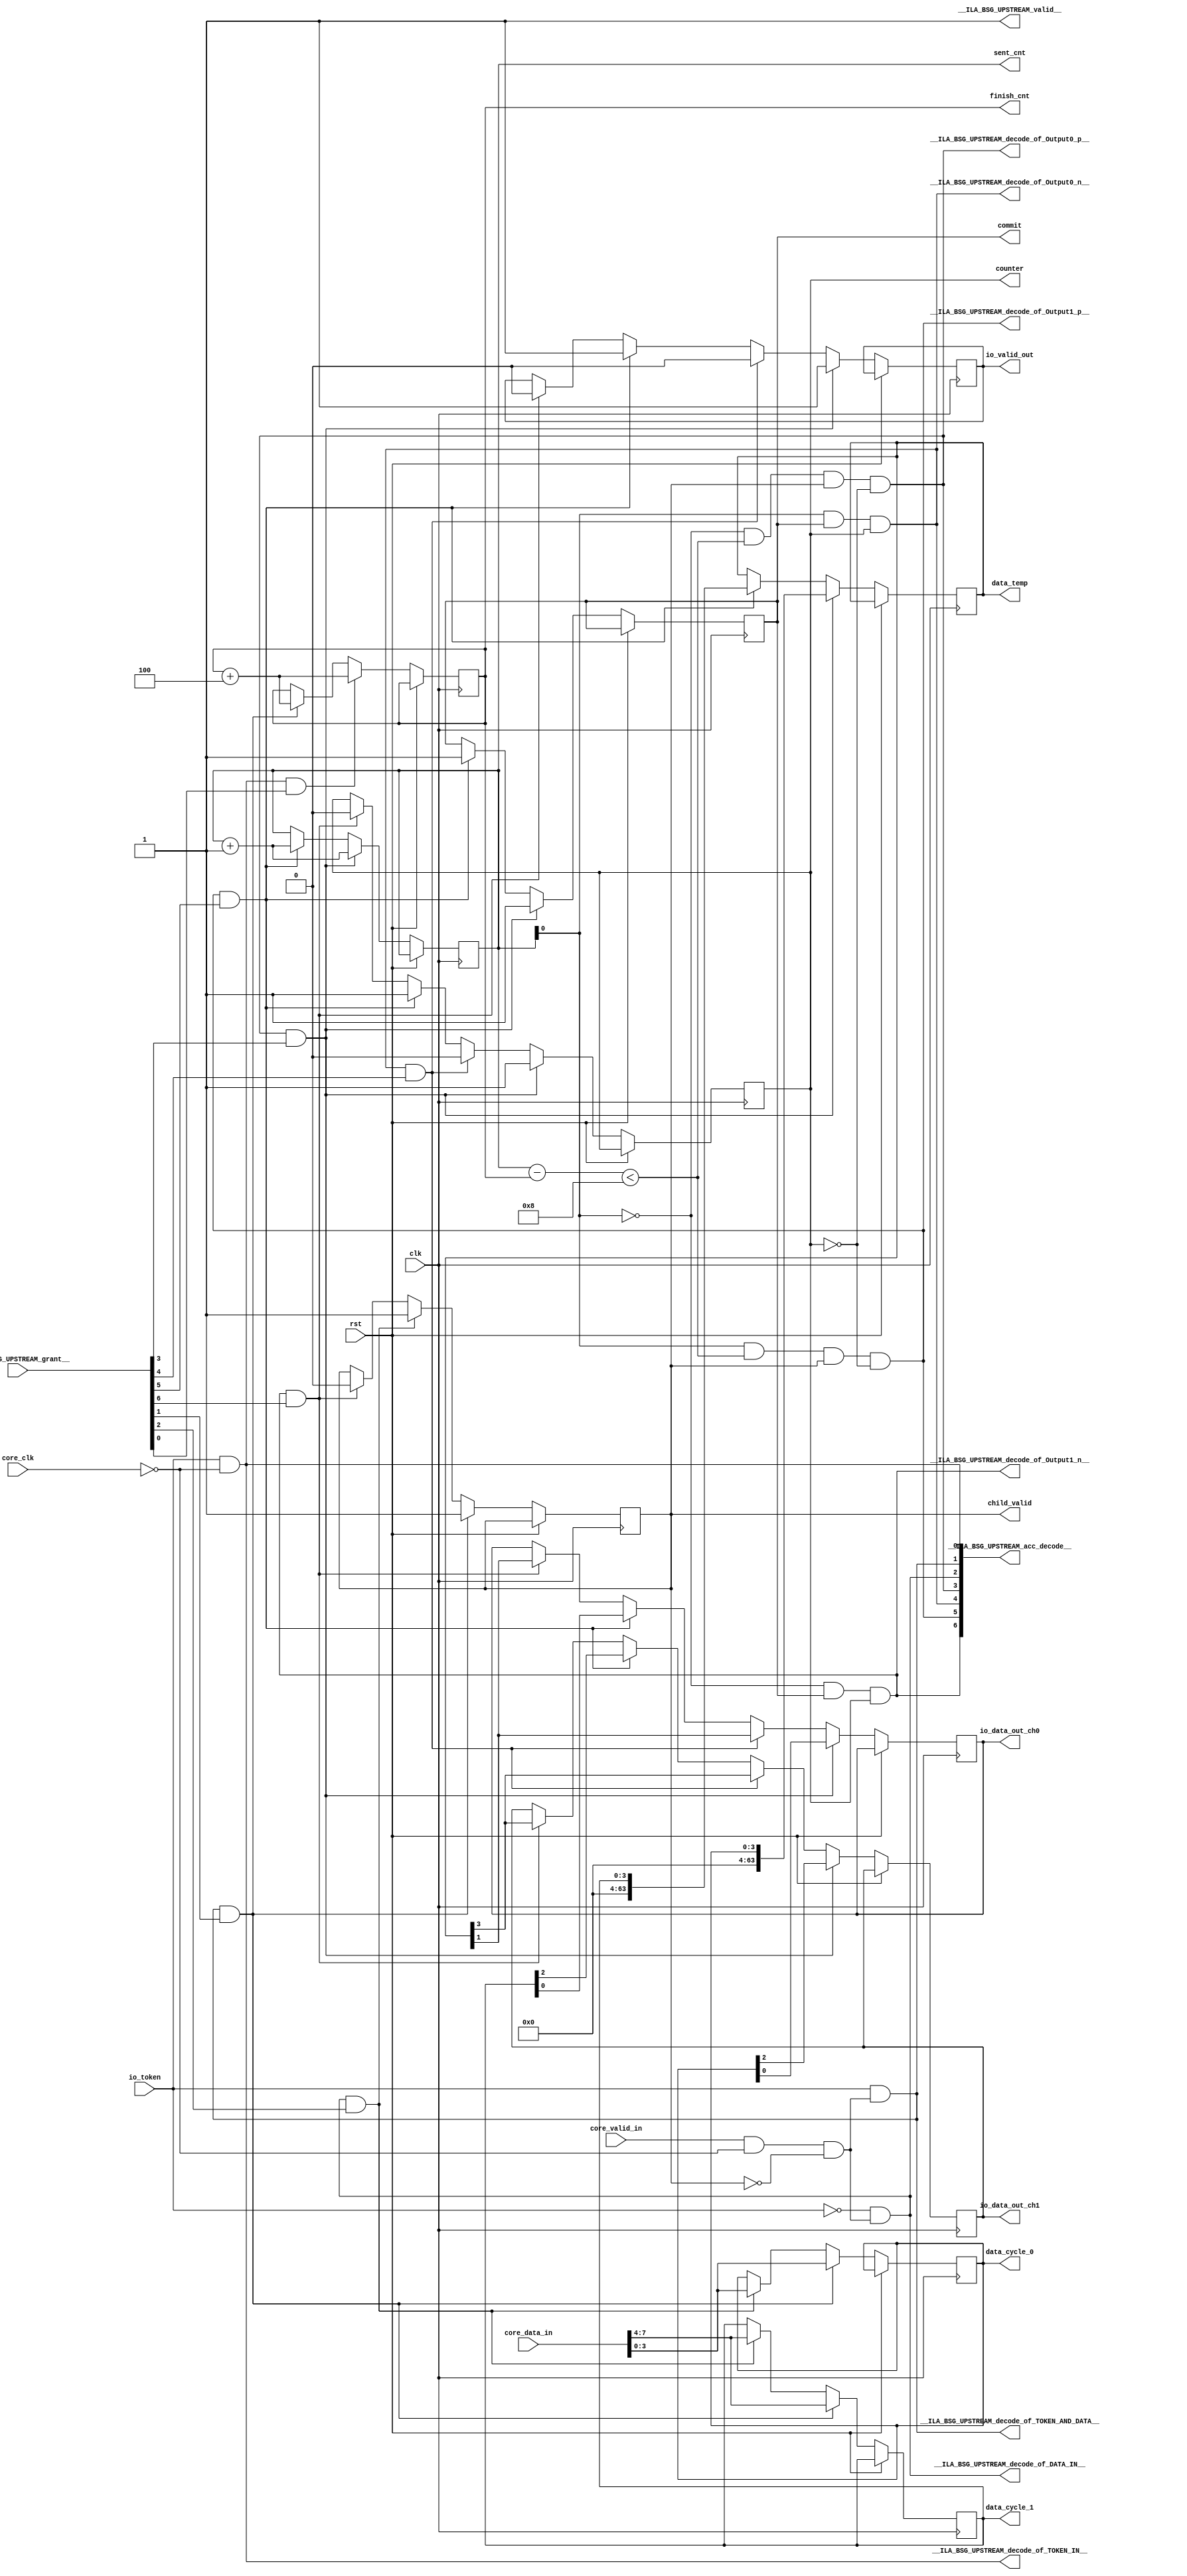
module BSG_UPSTREAM(
__ILA_BSG_UPSTREAM_grant__,
clk,
core_clk,
core_data_in,
core_valid_in,
io_token,
rst,
__ILA_BSG_UPSTREAM_acc_decode__,
__ILA_BSG_UPSTREAM_decode_of_DATA_IN__,
__ILA_BSG_UPSTREAM_decode_of_Output0_n__,
__ILA_BSG_UPSTREAM_decode_of_Output0_p__,
__ILA_BSG_UPSTREAM_decode_of_Output1_n__,
__ILA_BSG_UPSTREAM_decode_of_Output1_p__,
__ILA_BSG_UPSTREAM_decode_of_TOKEN_AND_DATA__,
__ILA_BSG_UPSTREAM_decode_of_TOKEN_IN__,
__ILA_BSG_UPSTREAM_valid__,
io_valid_out,
data_cycle_0,
data_cycle_1,
child_valid,
sent_cnt,
finish_cnt,
io_data_out_ch0,
io_data_out_ch1,
data_temp,
commit,
counter
);
input      [6:0] __ILA_BSG_UPSTREAM_grant__;
input            clk;
input            core_clk;
input      [7:0] core_data_in;
input            core_valid_in;
input            io_token;
input            rst;
output      [6:0] __ILA_BSG_UPSTREAM_acc_decode__;
output            __ILA_BSG_UPSTREAM_decode_of_DATA_IN__;
output            __ILA_BSG_UPSTREAM_decode_of_Output0_n__;
output            __ILA_BSG_UPSTREAM_decode_of_Output0_p__;
output            __ILA_BSG_UPSTREAM_decode_of_Output1_n__;
output            __ILA_BSG_UPSTREAM_decode_of_Output1_p__;
output            __ILA_BSG_UPSTREAM_decode_of_TOKEN_AND_DATA__;
output            __ILA_BSG_UPSTREAM_decode_of_TOKEN_IN__;
output            __ILA_BSG_UPSTREAM_valid__;
output reg            io_valid_out;
output reg      [3:0] data_cycle_0;
output reg      [3:0] data_cycle_1;
output reg            child_valid;
output reg      [3:0] sent_cnt;
output reg      [3:0] finish_cnt;
output reg            io_data_out_ch0;
output reg            io_data_out_ch1;
output reg     [63:0] data_temp;
output reg            commit;
output reg            counter;
wire      [6:0] __ILA_BSG_UPSTREAM_acc_decode__;
wire            __ILA_BSG_UPSTREAM_decode_of_DATA_IN__;
wire            __ILA_BSG_UPSTREAM_decode_of_Output0_n__;
wire            __ILA_BSG_UPSTREAM_decode_of_Output0_p__;
wire            __ILA_BSG_UPSTREAM_decode_of_Output1_n__;
wire            __ILA_BSG_UPSTREAM_decode_of_Output1_p__;
wire            __ILA_BSG_UPSTREAM_decode_of_TOKEN_AND_DATA__;
wire            __ILA_BSG_UPSTREAM_decode_of_TOKEN_IN__;
wire      [6:0] __ILA_BSG_UPSTREAM_grant__;
wire            __ILA_BSG_UPSTREAM_valid__;
wire            bv_1_0_n2;
wire            bv_1_1_n0;
wire      [3:0] bv_4_1_n54;
wire      [3:0] bv_4_4_n57;
wire      [3:0] bv_4_8_n22;
wire            clk;
wire            core_clk;
wire      [7:0] core_data_in;
wire            core_valid_in;
wire            io_token;
wire            n1;
wire            n10;
wire            n11;
wire            n12;
wire            n13;
wire            n14;
wire            n15;
wire            n16;
wire            n17;
wire            n18;
wire            n19;
wire            n20;
wire      [3:0] n21;
wire            n23;
wire            n24;
wire            n25;
wire            n26;
wire            n27;
wire            n28;
wire            n29;
wire            n3;
wire            n30;
wire            n31;
wire            n32;
wire            n33;
wire            n34;
wire            n35;
wire            n36;
wire      [3:0] n37;
wire            n38;
wire            n39;
wire            n4;
wire            n40;
wire            n41;
wire            n42;
wire            n43;
wire            n44;
wire            n45;
wire            n46;
wire            n47;
wire            n48;
wire            n49;
wire            n5;
wire      [3:0] n50;
wire      [3:0] n51;
wire      [3:0] n52;
wire      [3:0] n53;
wire      [3:0] n55;
wire      [3:0] n56;
wire      [3:0] n58;
wire      [3:0] n59;
wire            n6;
wire            n60;
wire            n61;
wire            n62;
wire            n63;
wire            n64;
wire            n65;
wire            n66;
wire            n67;
wire            n7;
wire            n8;
wire            n9;
wire            rst;
assign __ILA_BSG_UPSTREAM_valid__ = 1'b1 ;
assign bv_1_1_n0 = 1'h1 ;
assign n1 =  ( io_token ) == ( bv_1_1_n0 )  ;
assign bv_1_0_n2 = 1'h0 ;
assign n3 =  ( core_clk ) == ( bv_1_0_n2 )  ;
assign n4 =  ( n1 ) & (n3 )  ;
assign __ILA_BSG_UPSTREAM_decode_of_TOKEN_IN__ = n4 ;
assign __ILA_BSG_UPSTREAM_acc_decode__[0] = __ILA_BSG_UPSTREAM_decode_of_TOKEN_IN__ ;
assign n5 =  ( io_token ) == ( bv_1_1_n0 )  ;
assign n6 =  ( core_valid_in ) == ( bv_1_1_n0 )  ;
assign n7 =  ( core_clk ) == ( bv_1_0_n2 )  ;
assign n8 =  ( n6 ) & (n7 )  ;
assign n9 =  ( child_valid ) == ( bv_1_0_n2 )  ;
assign n10 =  ( n8 ) & (n9 )  ;
assign n11 =  ( n5 ) & (n10 )  ;
assign __ILA_BSG_UPSTREAM_decode_of_TOKEN_AND_DATA__ = n11 ;
assign __ILA_BSG_UPSTREAM_acc_decode__[1] = __ILA_BSG_UPSTREAM_decode_of_TOKEN_AND_DATA__ ;
assign n12 =  ( io_token ) == ( bv_1_0_n2 )  ;
assign n13 =  ( core_valid_in ) == ( bv_1_1_n0 )  ;
assign n14 =  ( core_clk ) == ( bv_1_0_n2 )  ;
assign n15 =  ( n13 ) & (n14 )  ;
assign n16 =  ( child_valid ) == ( bv_1_0_n2 )  ;
assign n17 =  ( n15 ) & (n16 )  ;
assign n18 =  ( n12 ) & (n17 )  ;
assign __ILA_BSG_UPSTREAM_decode_of_DATA_IN__ = n18 ;
assign __ILA_BSG_UPSTREAM_acc_decode__[2] = __ILA_BSG_UPSTREAM_decode_of_DATA_IN__ ;
assign n19 = sent_cnt[0:0] ;
assign n20 =  ( n19 ) == ( bv_1_0_n2 )  ;
assign n21 =  ( sent_cnt ) - ( finish_cnt )  ;
assign bv_4_8_n22 = 4'h8 ;
assign n23 =  ( n21 ) < ( bv_4_8_n22 )  ;
assign n24 =  ( n20 ) & (n23 )  ;
assign n25 =  ( child_valid ) == ( bv_1_1_n0 )  ;
assign n26 =  ( n24 ) & (n25 )  ;
assign n27 =  ( counter ) == ( bv_1_0_n2 )  ;
assign n28 =  ( n26 ) & (n27 )  ;
assign __ILA_BSG_UPSTREAM_decode_of_Output0_p__ = n28 ;
assign __ILA_BSG_UPSTREAM_acc_decode__[3] = __ILA_BSG_UPSTREAM_decode_of_Output0_p__ ;
assign n29 = sent_cnt[0:0] ;
assign n30 =  ( n29 ) == ( bv_1_1_n0 )  ;
assign n31 =  ( commit ) == ( bv_1_1_n0 )  ;
assign n32 =  ( n30 ) & (n31 )  ;
assign n33 =  ( counter ) == ( bv_1_1_n0 )  ;
assign n34 =  ( n32 ) & (n33 )  ;
assign __ILA_BSG_UPSTREAM_decode_of_Output0_n__ = n34 ;
assign __ILA_BSG_UPSTREAM_acc_decode__[4] = __ILA_BSG_UPSTREAM_decode_of_Output0_n__ ;
assign n35 = sent_cnt[0:0] ;
assign n36 =  ( n35 ) == ( bv_1_1_n0 )  ;
assign n37 =  ( sent_cnt ) - ( finish_cnt )  ;
assign n38 =  ( n37 ) < ( bv_4_8_n22 )  ;
assign n39 =  ( n36 ) & (n38 )  ;
assign n40 =  ( child_valid ) == ( bv_1_1_n0 )  ;
assign n41 =  ( n39 ) & (n40 )  ;
assign n42 =  ( counter ) == ( bv_1_0_n2 )  ;
assign n43 =  ( n41 ) & (n42 )  ;
assign __ILA_BSG_UPSTREAM_decode_of_Output1_p__ = n43 ;
assign __ILA_BSG_UPSTREAM_acc_decode__[5] = __ILA_BSG_UPSTREAM_decode_of_Output1_p__ ;
assign n44 = sent_cnt[0:0] ;
assign n45 =  ( n44 ) == ( bv_1_0_n2 )  ;
assign n46 =  ( commit ) == ( bv_1_1_n0 )  ;
assign n47 =  ( n45 ) & (n46 )  ;
assign n48 =  ( counter ) == ( bv_1_1_n0 )  ;
assign n49 =  ( n47 ) & (n48 )  ;
assign __ILA_BSG_UPSTREAM_decode_of_Output1_n__ = n49 ;
assign __ILA_BSG_UPSTREAM_acc_decode__[6] = __ILA_BSG_UPSTREAM_decode_of_Output1_n__ ;
assign n50 = core_data_in[3:0] ;
assign n51 = core_data_in[3:0] ;
assign n52 = core_data_in[7:4] ;
assign n53 = core_data_in[7:4] ;
assign bv_4_1_n54 = 4'h1 ;
assign n55 =  ( sent_cnt ) + ( bv_4_1_n54 )  ;
assign n56 =  ( sent_cnt ) + ( bv_4_1_n54 )  ;
assign bv_4_4_n57 = 4'h4 ;
assign n58 =  ( finish_cnt ) + ( bv_4_4_n57 )  ;
assign n59 =  ( finish_cnt ) + ( bv_4_4_n57 )  ;
assign n60 = data_cycle_0[0:0] ;
assign n61 = data_temp[1:1] ;
assign n62 = data_cycle_1[0:0] ;
assign n63 = data_temp[1:1] ;
assign n64 = data_cycle_0[2:2] ;
assign n65 = data_temp[3:3] ;
assign n66 = data_cycle_1[2:2] ;
assign n67 = data_temp[3:3] ;
always @(posedge clk) begin
   if(rst) begin
   end
   else if(__ILA_BSG_UPSTREAM_valid__) begin
       if ( __ILA_BSG_UPSTREAM_decode_of_Output0_p__ && __ILA_BSG_UPSTREAM_grant__[3] ) begin
           io_valid_out <= bv_1_1_n0;
       end else if ( __ILA_BSG_UPSTREAM_decode_of_Output0_n__ && __ILA_BSG_UPSTREAM_grant__[4] ) begin
           io_valid_out <= bv_1_0_n2;
       end else if ( __ILA_BSG_UPSTREAM_decode_of_Output1_p__ && __ILA_BSG_UPSTREAM_grant__[5] ) begin
           io_valid_out <= bv_1_1_n0;
       end else if ( __ILA_BSG_UPSTREAM_decode_of_Output1_n__ && __ILA_BSG_UPSTREAM_grant__[6] ) begin
           io_valid_out <= bv_1_0_n2;
       end
       if ( __ILA_BSG_UPSTREAM_decode_of_TOKEN_AND_DATA__ && __ILA_BSG_UPSTREAM_grant__[1] ) begin
           data_cycle_0 <= n50;
       end else if ( __ILA_BSG_UPSTREAM_decode_of_DATA_IN__ && __ILA_BSG_UPSTREAM_grant__[2] ) begin
           data_cycle_0 <= n51;
       end
       if ( __ILA_BSG_UPSTREAM_decode_of_TOKEN_AND_DATA__ && __ILA_BSG_UPSTREAM_grant__[1] ) begin
           data_cycle_1 <= n52;
       end else if ( __ILA_BSG_UPSTREAM_decode_of_DATA_IN__ && __ILA_BSG_UPSTREAM_grant__[2] ) begin
           data_cycle_1 <= n53;
       end
       if ( __ILA_BSG_UPSTREAM_decode_of_TOKEN_AND_DATA__ && __ILA_BSG_UPSTREAM_grant__[1] ) begin
           child_valid <= bv_1_1_n0;
       end else if ( __ILA_BSG_UPSTREAM_decode_of_DATA_IN__ && __ILA_BSG_UPSTREAM_grant__[2] ) begin
           child_valid <= bv_1_1_n0;
       end else if ( __ILA_BSG_UPSTREAM_decode_of_Output1_n__ && __ILA_BSG_UPSTREAM_grant__[6] ) begin
           child_valid <= bv_1_0_n2;
       end
       if ( __ILA_BSG_UPSTREAM_decode_of_Output0_p__ && __ILA_BSG_UPSTREAM_grant__[3] ) begin
           sent_cnt <= n55;
       end else if ( __ILA_BSG_UPSTREAM_decode_of_Output1_p__ && __ILA_BSG_UPSTREAM_grant__[5] ) begin
           sent_cnt <= n56;
       end
       if ( __ILA_BSG_UPSTREAM_decode_of_TOKEN_IN__ && __ILA_BSG_UPSTREAM_grant__[0] ) begin
           finish_cnt <= n58;
       end else if ( __ILA_BSG_UPSTREAM_decode_of_TOKEN_AND_DATA__ && __ILA_BSG_UPSTREAM_grant__[1] ) begin
           finish_cnt <= n59;
       end
       if ( __ILA_BSG_UPSTREAM_decode_of_Output0_p__ && __ILA_BSG_UPSTREAM_grant__[3] ) begin
           io_data_out_ch0 <= n60;
       end else if ( __ILA_BSG_UPSTREAM_decode_of_Output0_n__ && __ILA_BSG_UPSTREAM_grant__[4] ) begin
           io_data_out_ch0 <= n61;
       end else if ( __ILA_BSG_UPSTREAM_decode_of_Output1_p__ && __ILA_BSG_UPSTREAM_grant__[5] ) begin
           io_data_out_ch0 <= n62;
       end else if ( __ILA_BSG_UPSTREAM_decode_of_Output1_n__ && __ILA_BSG_UPSTREAM_grant__[6] ) begin
           io_data_out_ch0 <= n63;
       end
       if ( __ILA_BSG_UPSTREAM_decode_of_Output0_p__ && __ILA_BSG_UPSTREAM_grant__[3] ) begin
           io_data_out_ch1 <= n64;
       end else if ( __ILA_BSG_UPSTREAM_decode_of_Output0_n__ && __ILA_BSG_UPSTREAM_grant__[4] ) begin
           io_data_out_ch1 <= n65;
       end else if ( __ILA_BSG_UPSTREAM_decode_of_Output1_p__ && __ILA_BSG_UPSTREAM_grant__[5] ) begin
           io_data_out_ch1 <= n66;
       end else if ( __ILA_BSG_UPSTREAM_decode_of_Output1_n__ && __ILA_BSG_UPSTREAM_grant__[6] ) begin
           io_data_out_ch1 <= n67;
       end
       if ( __ILA_BSG_UPSTREAM_decode_of_Output0_p__ && __ILA_BSG_UPSTREAM_grant__[3] ) begin
           data_temp <= data_cycle_0;
       end else if ( __ILA_BSG_UPSTREAM_decode_of_Output1_p__ && __ILA_BSG_UPSTREAM_grant__[5] ) begin
           data_temp <= data_cycle_1;
       end
       if ( __ILA_BSG_UPSTREAM_decode_of_Output0_p__ && __ILA_BSG_UPSTREAM_grant__[3] ) begin
           commit <= bv_1_1_n0;
       end else if ( __ILA_BSG_UPSTREAM_decode_of_Output1_p__ && __ILA_BSG_UPSTREAM_grant__[5] ) begin
           commit <= bv_1_1_n0;
       end
       if ( __ILA_BSG_UPSTREAM_decode_of_Output0_p__ && __ILA_BSG_UPSTREAM_grant__[3] ) begin
           counter <= bv_1_1_n0;
       end else if ( __ILA_BSG_UPSTREAM_decode_of_Output0_n__ && __ILA_BSG_UPSTREAM_grant__[4] ) begin
           counter <= bv_1_0_n2;
       end else if ( __ILA_BSG_UPSTREAM_decode_of_Output1_p__ && __ILA_BSG_UPSTREAM_grant__[5] ) begin
           counter <= bv_1_1_n0;
       end else if ( __ILA_BSG_UPSTREAM_decode_of_Output1_n__ && __ILA_BSG_UPSTREAM_grant__[6] ) begin
           counter <= bv_1_0_n2;
       end
   end
end
endmodule